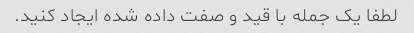
لطفا یک جمله با قید و صفت داده شده ایجاد کنید.